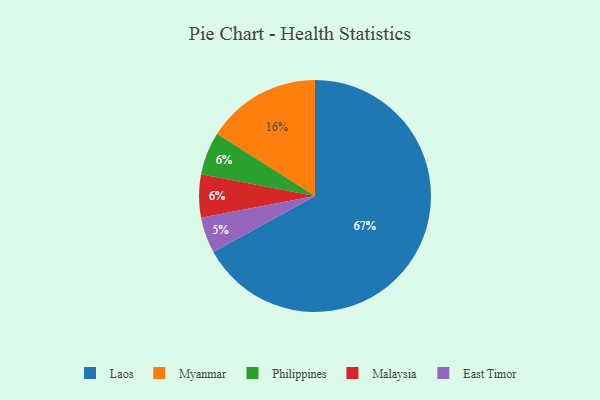
{"axis": {"x": "Category", "y": "Percentage"}, "legend": ["East Timor", "Laos", "Malaysia", "Myanmar", "Philippines"], "data": [{"x": "Myanmar", "y": 16, "type": "Myanmar"}, {"x": "East Timor", "y": 5, "type": "East Timor"}, {"x": "Philippines", "y": 6, "type": "Philippines"}, {"x": "Laos", "y": 67, "type": "Laos"}, {"x": "Malaysia", "y": 6, "type": "Malaysia"}]}